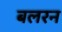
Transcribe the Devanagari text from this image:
बलरन